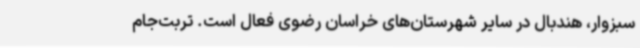
سبزوار، هندبال در سایر شهرستان‌های خراسان رضوی فعال است. تربت‌جام